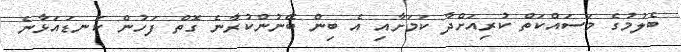
ބެލުމުގެ މަސައްކަތް ކުރިއަށްދާ ކަމަށާއި އެ ބިން ބޭނުންކުރާނެ ގޮތް ފަހުން ކަނޑަައަޅާނެ